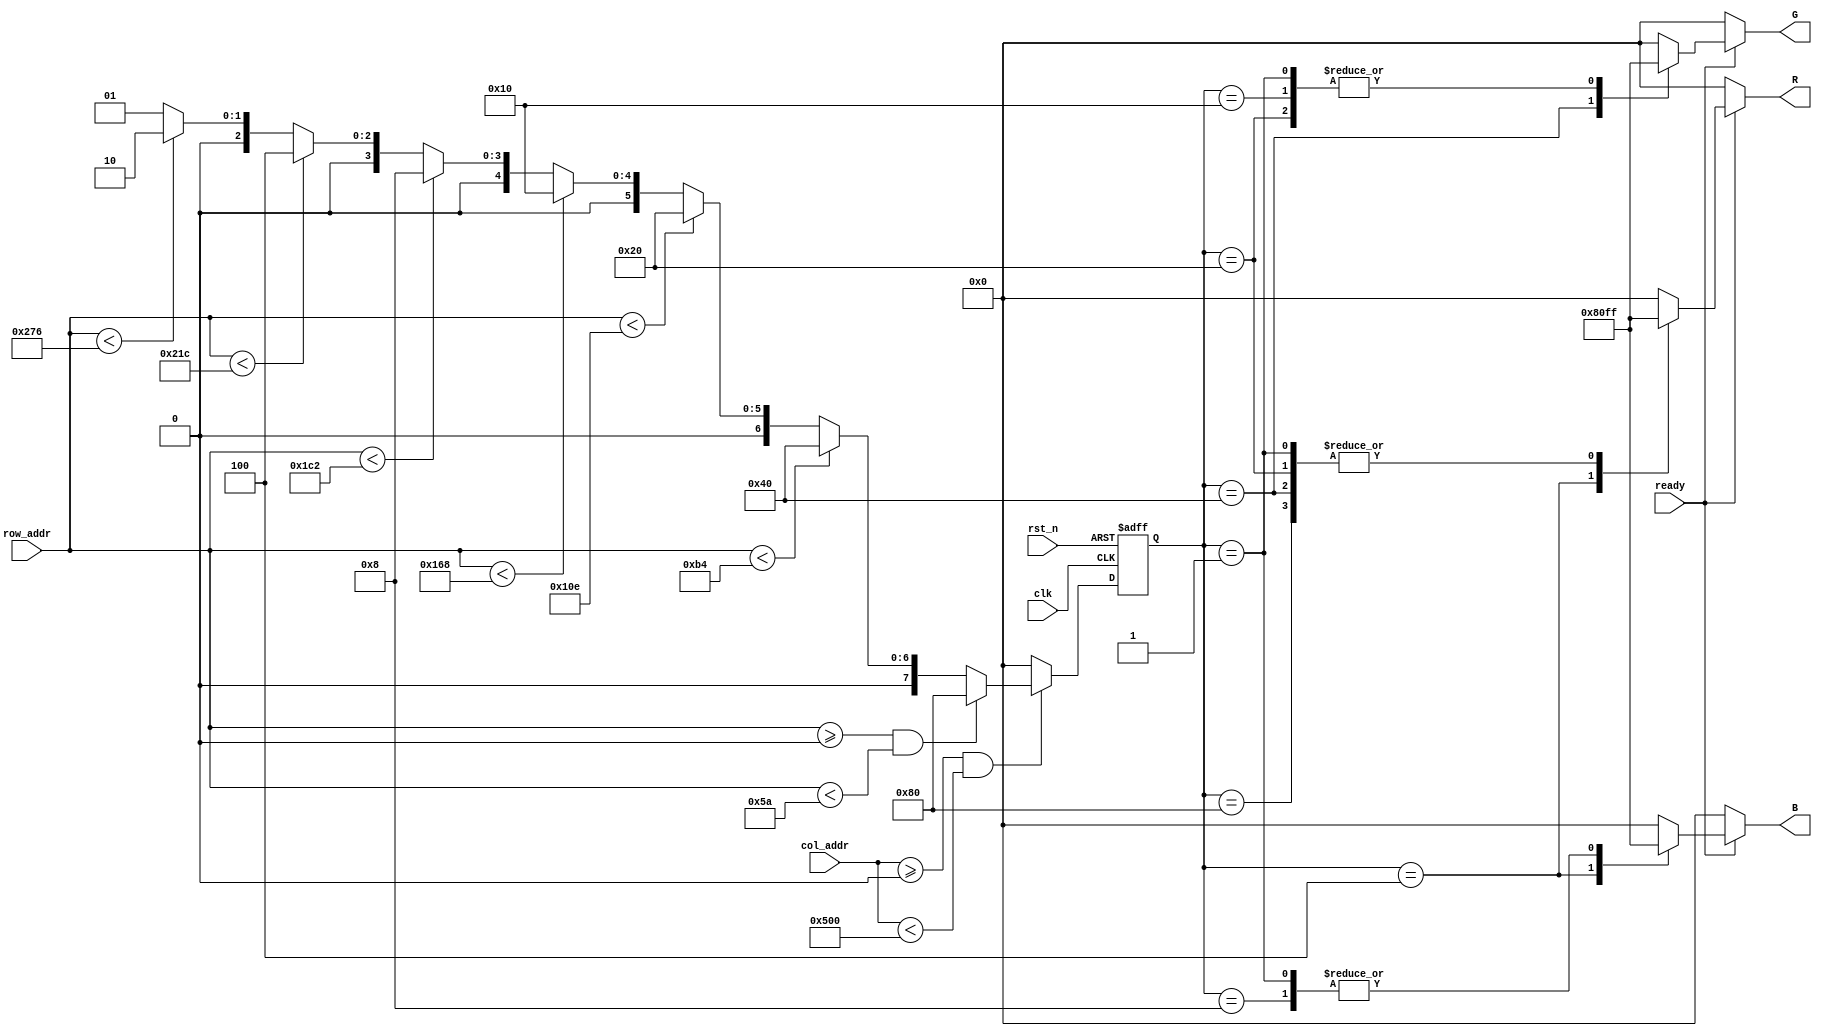
//----------------------------------------------------------------------------
// Project Name   : vga_top
// Description    : vga output signal generate, here to generate 7-colors.
//----------------------------------------------------------------------------
//  Version             Comments
//------------      ----------------
//    0.1              Created
//----------------------------------------------------------------------------

module vga_color(
    output reg [7:0]  R,
    output reg [7:0]  G,
    output reg [7:0]  B,
    
    input             clk,
    input             rst_n,
    input      [10:0] col_addr,
    input      [10:0] row_addr,
    input             ready
);

// to display a color rectangle
// color_table = {rect_red, rect_orange, rect_yellow, rect_green, 
//                rect_blue, rect_violet, rect_black, rect_white};
reg [7:0] color_table = 0;

always @(posedge clk, negedge rst_n) begin
    if(!rst_n)
        color_table <= 8'b0000_0000;
    else if(col_addr >= 11'd0 && col_addr < 11'd1280) begin
        if(row_addr >= 11'd0 && row_addr < 11'd90)
            color_table <= 8'b1000_0000;
        else if(row_addr < 11'd180)
            color_table <= 8'b0100_0000;
        else if(row_addr < 11'd270)
            color_table <= 8'b0010_0000;
        else if(row_addr < 11'd360)
            color_table <= 8'b0001_0000;
        else if(row_addr < 11'd450)
            color_table <= 8'b0000_1000;
        else if(row_addr < 11'd540)
            color_table <= 8'b0000_0100;
        else if(row_addr < 11'd630)
            color_table <= 8'b0000_0010;
        else //if(row_addr < 11'd720)
            color_table <= 8'b0000_0001;
    end
    else
        color_table <= 8'b0000_0000;
end

//----------------------------------------------------------------------------
always @(color_table, ready) begin
    if(ready) begin
        case(color_table) 
            8'b0000_0000: begin R = 8'b0000_0000; G = 8'b0000_0000; B = 8'b0000_0000; end
            8'b1000_0000: begin R = 8'b1111_1111; G = 8'b0000_0000; B = 8'b0000_0000; end
            8'b0100_0000: begin R = 8'b1111_1111; G = 8'b1000_0000; B = 8'b0000_0000; end
            8'b0010_0000: begin R = 8'b1111_1111; G = 8'b1111_1111; B = 8'b0000_0000; end
            8'b0001_0000: begin R = 8'b0000_0000; G = 8'b1111_1111; B = 8'b0000_0000; end
            8'b0000_1000: begin R = 8'b0000_0000; G = 8'b0000_0000; B = 8'b1111_1111; end
            8'b0000_0100: begin R = 8'b1000_0000; G = 8'b0000_0000; B = 8'b1000_0000; end
            8'b0000_0010: begin R = 8'b0000_0000; G = 8'b0000_0000; B = 8'b0000_0000; end
            8'b0000_0001: begin R = 8'b1111_1111; G = 8'b1111_1111; B = 8'b1111_1111; end
            default     : begin R = 8'b0000_0000; G = 8'b0000_0000; B = 8'b0000_0000; end
        endcase
    end
    else begin
        R = 8'b0000_0000;
        G = 8'b0000_0000;
        B = 8'b0000_0000;
    end
end

endmodule